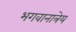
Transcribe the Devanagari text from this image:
भगवानात्रेय